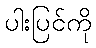
ပါးပြင်ကို